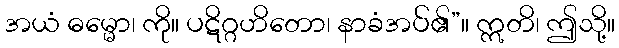
အယံ ဓမ္မော၊ ကို။ ပဋိဂ္ဂဟိတော၊ နာခံအပ်၏”။ ဣတိ၊ ဤသို့။